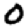
Digit: 0